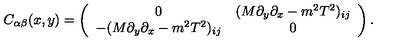
C _ { \alpha \beta } ( x , y ) = \left( \begin{array} { c c } { 0 } & { ( M \partial _ { y } \partial _ { x } - m ^ { 2 } T ^ { 2 } ) _ { i j } } \\ { - ( M \partial _ { y } \partial _ { x } - m ^ { 2 } T ^ { 2 } ) _ { i j } } & { 0 } \\ \end{array} \right) .